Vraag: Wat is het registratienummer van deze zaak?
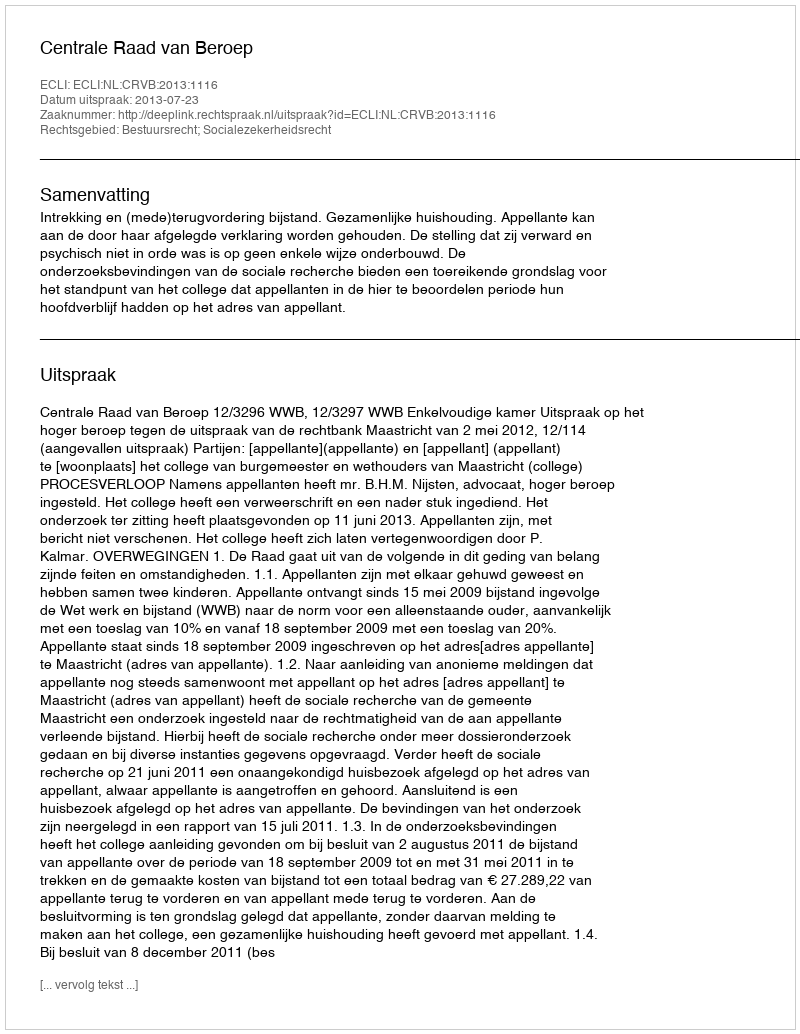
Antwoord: http://deeplink.rechtspraak.nl/uitspraak?id=ECLI:NL:CRVB:2013:1116